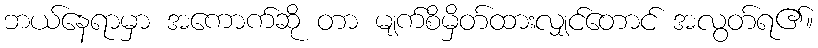
ဘယ်နေရာမှာ အကောက်ဆို တာ မျက်စိမှိတ်ထားလျှင်တောင် အလွတ်ရ၏။